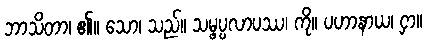
ဘာသိတာ၊ ၏။ သော၊ သည်။ သမ္ဖပ္ပလာပဿ၊ ကို။ ပဟာနာယ၊ ငှာ။